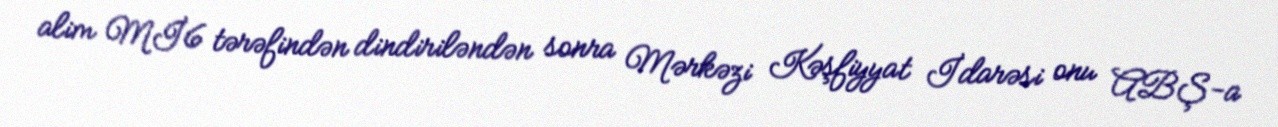
alim Mİ6 tərəfindən dindiriləndən sonra Mərkəzi Kəşfiyyat İdarəsi onu ABŞ-a